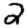
Digit: 2